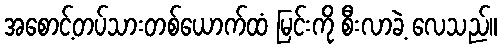
အစောင့်တပ်သားတစ်ယောက်ထံ မြင်းကို စီးလာခဲ့ လေသည်။